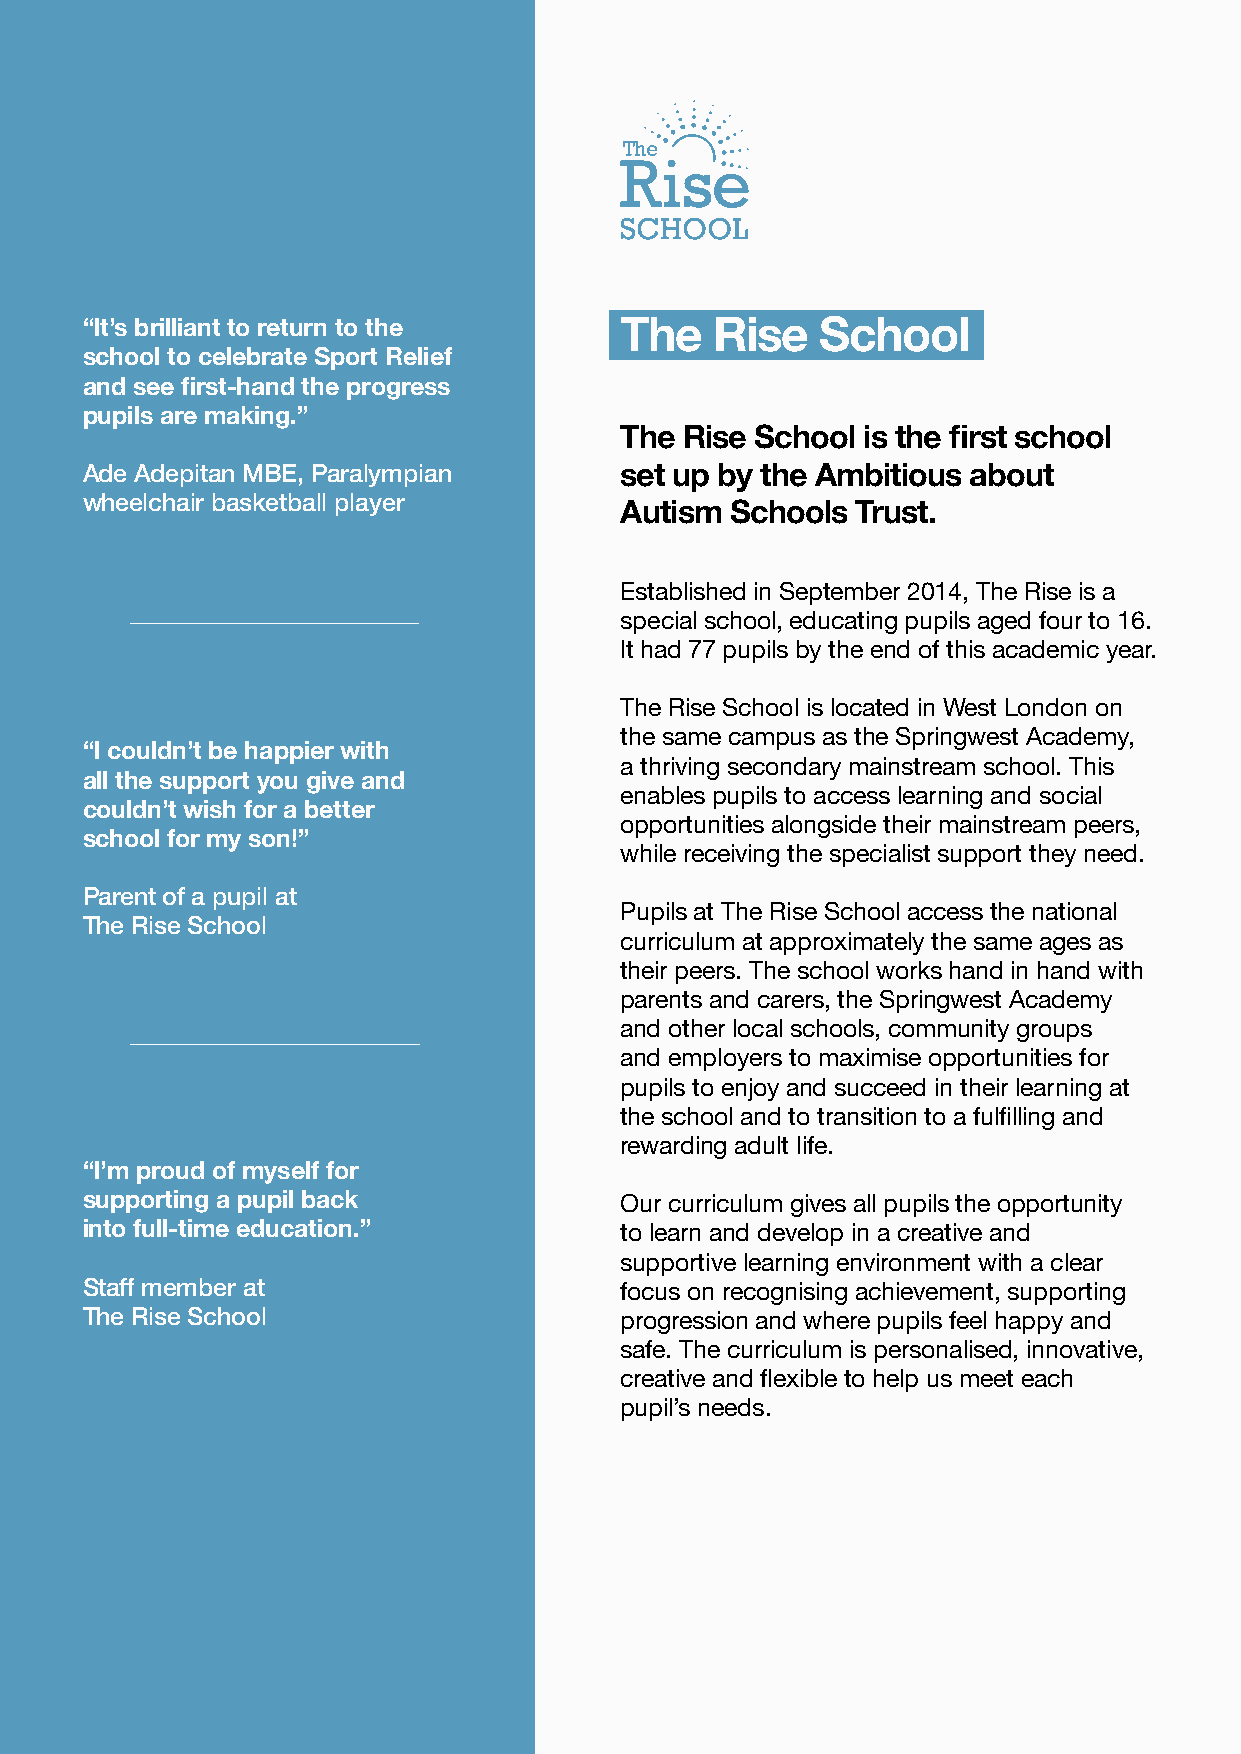
“It’s brilliant to return to the    The   Rise   School
 school to celebrate Sport Relief
 and see first-hand the progress
 pupils are making.”
 The Rise School is the first school
 Ade Adepitan MBE, Paralympian       set up by the Ambitious about
 wheelchair basketball player
 Autism Schools  Trust.
 Established in September 2014, The Rise is a
 special school, educating pupils aged four to 16.
 It had 77 pupils by the end of this academic year.
 The Rise School is located in West London on
 the same campus as the Springwest Academy,
 “I couldn’t be happier with
 a thriving secondary mainstream school. This
 all the support you give and
 enables pupils to access learning and social
 couldn’t wish for a better
 opportunities alongside their mainstream peers,
 school for my son!”
 while receiving the specialist support they need.
 Parent of a pupil at
 Pupils at The Rise School access the national
 The Rise School
 curriculum at approximately the same ages as
 their peers. The school works hand in hand with
 parents and carers, the Springwest Academy
 and other local schools, community groups
 and employers to maximise opportunities for
 pupils to enjoy and succeed in their learning at
 the school and to transition to a fulfilling and
 rewarding adult life.
 “I’m proud of myself for
 supporting a pupil back             Our curriculum gives all pupils the opportunity
 into full-time education.”          to learn and develop in a creative and
 supportive learning environment with a clear
 Staff member at
 focus on recognising achievement, supporting
 The Rise School
 progression and where pupils feel happy and
 safe. The curriculum is personalised, innovative,
 creative and flexible to help us meet each
 pupil’s needs.